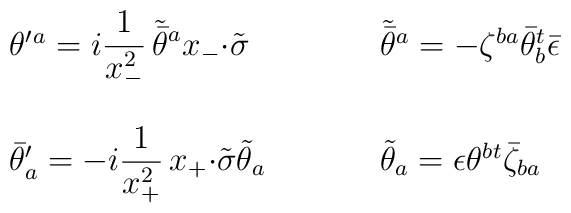
\begin{array}{ll}\theta^{\prime}{}^{a}=i\displaystyle{\frac{1}{x_{-}^{2}}\,\tilde{\bar{\theta}}{}^{a}x_{-}{\cdot\tilde{\sigma}}}~~~~&~~~~\tilde{\bar{\theta}}{}^{a}=-\zeta^{ba}\bar{\theta}_{b}^{t}\bar{\epsilon}\\{}&{}\\\bar{\theta}^{\prime}_{a}=-i\displaystyle{\frac{1}{x_{+}^{2}}\,x_{+}{\cdot\tilde{\sigma}}\tilde{\theta}_{a}}~~~~&~~~~\tilde{\theta}_{a}=\epsilon\theta^{b}{}^{t}\bar{\zeta}_{ba}\end{array}